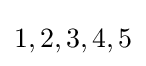
1,2,3,4,5